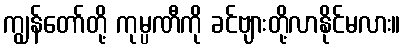
ကျွန်တော်တို့ ကုမ္ပဏီကို ခင်ဗျားတို့လာနိုင်မလား။